Vaccination in the Punjab 1867-1880 - 1867-1880
Year: 1867
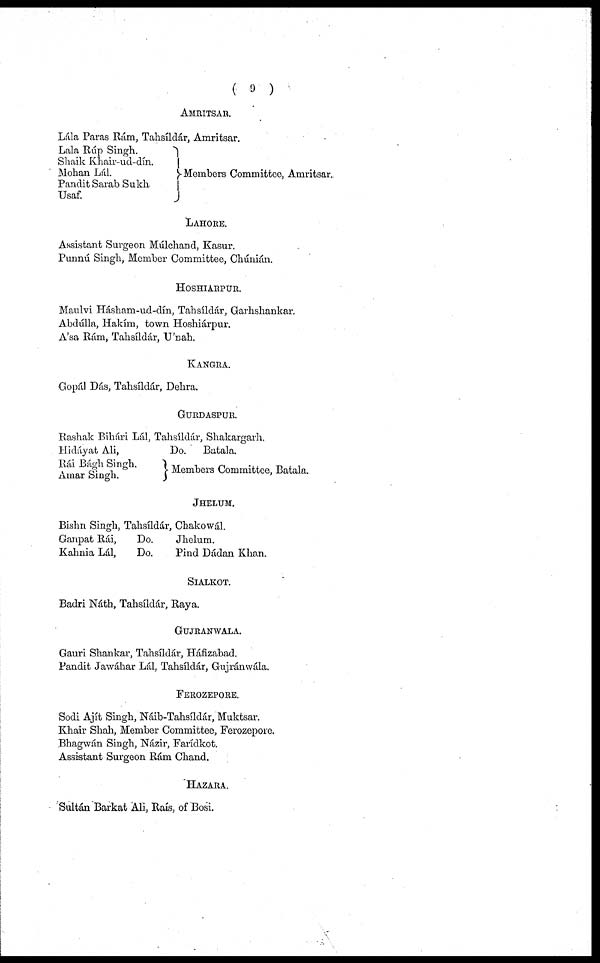
( 9 )
AMRITSAR.
Lála Paras Rám, Tahsíldár, Amritsar.
Lala Rúp Singh.
Shaik Khair-ud-dín.
Mohan Lál.
Pandit Sarab Sukh
Usaf.
Members Committee, Amritsar,
LAHORE.
Assistant Surgeon Múlchand, Kasur.
Punnú Singh, Member Committee, Chúnián.
HOSHIARPUR.
Maulvi Hásham-ud-dín, Tahsíldár, Garhshankar.
Abdúlla, Hakím, town Hoshiárpur.
A'sa Rám, Tahsíldár, U'nah.
Kangra.
Gopál Dás, Tahsíldár, Dehra.
Gurdaspur.
Rashak Bihári Lál, Tahsíldár, Shakargarh.
Hidáyat Ali,
Rái Bágh Singh.
Amar Singh.
Do.
Batala.
Members Committee, Batala.
Jhelum.
Bishn Singh, Tahsíldár, Chakowál.
Ganpat Rái,
Do.
Jhelum.
Kahnia Lál,
Do.
Pind Dádan Khan.
SIALKOT.
Badri Náth, Tahsíldár, Raya.
GUJRANWALA.
Gauri Shankar, Tahsíldár, Háfizabad.
Pandit Jawáhar Lál, Tahsíldár, Gujránwála.
FEROZEPORE.
Sodi Ajít Singh, Náib-Tahsíldár, Muktsar.
Khair Shah, Member Committee, Ferozepore.
Bhagwán Singh, Názir, Farídkot.
Assistant Surgeon Rám Chand.
Hazara.
Sultán Barkat Ali, Raís, of Bosi.